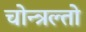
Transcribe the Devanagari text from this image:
चोन्त्रल्तो